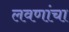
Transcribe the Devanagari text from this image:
लवणांचा